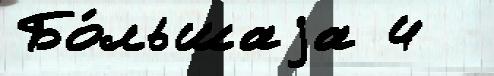
Бо́льшаjа 4